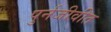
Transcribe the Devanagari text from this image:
पुर्नजीवीत